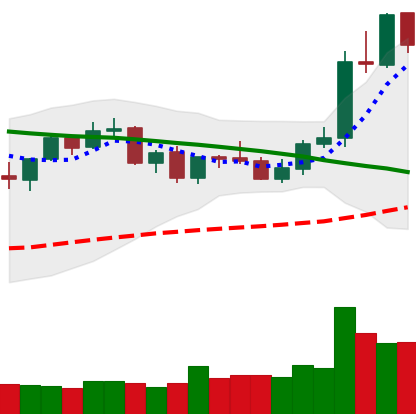
Ticker: LTC-USD
Chart end date: 2021-09-06
Forward return: -18.603%
Label: down_7plus